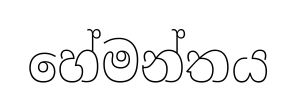
හේමන්තය